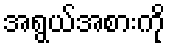
အရွယ်အစားကို